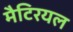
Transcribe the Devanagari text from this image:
मैटिरयल